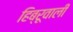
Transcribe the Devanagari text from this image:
हिब्रूवाली